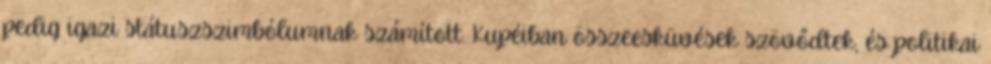
pedig igazi státuszszimbólumnak számított. Kupéiban összeesküvések szövődtek, és politikai